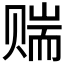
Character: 𬥼